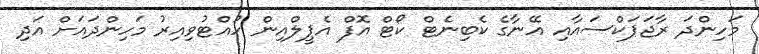
މަހިންދަ ރާޖަޕަކްސައާއި އޭނާގެ ކެބިނެޓް ކޯޓް އޮފް އެޕީލްއިން ހުއްޓުވިއިރު މަހިންދައަށް އަދި